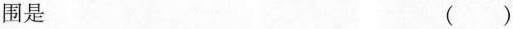
围是 ()